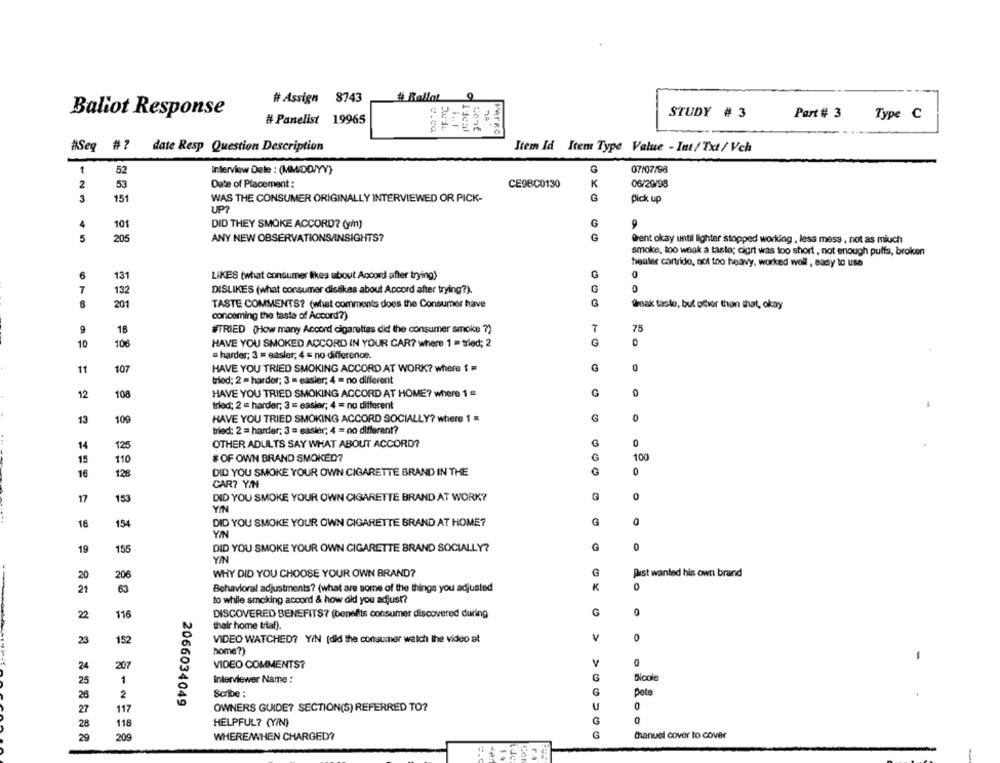
# Assign 8743
# Ballot
Baliot Response
STUDY # 3
Part # 3
# Panelist 19965
Type C
3.ca
201
Ideal
#Seq #?
date Resp Question Description
Item Id Item Type Value - Int/ Ext/ Vch
1
52
07/07/98
Interview Date : (MMDD/YY)
2
53
Date of Placement :
CE9BC0130
K
06/29/98
151
WAS THE CONSUMER ORIGINALLY INTERVIEWED OR PICK-
pick up
UP?
G
4
101
DID THEY SMOKE ACCORD? (y/n)
205
G
5
ANY NEW OBSERVATIONS/INSIGHTS?
@rent okay until lighter stopped working , less mess , not as miuch
smoke, too weak a taste; cigrt was too short , not enough puffs, broken
heater cartrido, not too heavy, worked well , easy to use
6
131
G
0
LIKES (what consumer likes about Accord after trying)
7
DISLIKES (what consumer disdikas about Accord after trying?).
G
132
8
201
TASTE COMMENTS? (what comments does the Consumer have
G
freak taste, but ofwer thon that, okay
concoming the taste of Accord?)
9
18
#TRIED (How many Accord cigarettes did the consumer smoke ?)
75
10
106
HAVE YOU SMOKED ACCORD IN YOUR CAR? where 1 = tried; 2
G
= harder; 3 = easler; 4 = no difference.
G
11
107
HAVE YOU TRIED SMOKING ACCORD AT WORK? where 1 =
tried; 2 = hardor; 3 = easier; 4 = no different
12
108
HAVE YOU TRIED SMOKING ACCORD AT HOME? where 1 =
G
trled; 2 = harder; 3 = easier; 4 = no different
13
109
HAVE YOU TRIED SMOKING ACCORD SOCIALLY? where 1
G
0
tried: 2 = harder; 3 = easier; 4 = no different?
OTHER ADULTS SAY WHAT ABOUT ACCORD?
G
14
125
15
110
#OF OWN BRAND SMOKED?
100
16
128
DID YOU SMOKE YOUR OWN CIGARETTE BRAND IN THE
0
CAR? Y/N
17
DID YOU SMOKE YOUR OWN CIGARETTE BRAND AT WORK?
G
153
Y/N
154
DID YOU SMOKE YOUR OWN CIGARETTE BRAND AT HOME?
G
19
155
DID YOU SMOKE YOUR OWN CIGARETTE BRAND SOCIALLY?
G
0
YA
WHY DID YOU CHOOSE YOUR OWN BRAND?
G
Pist wanted his own brand
20
206
21
Behavioral adjustments? (what are some of the things you adjusted
K
63
to while smoking accord & how did you adjust?
0
22
116
DISCOVERED BENEFITS? (benefits consumer discovered during
their home triaf).
23
152
VIDEO WATCHED? YIN (did the consumer walch the video at
v
home?)
207
VIDEO COMMENTS?
V
24
1
Interviewer Name :
G
Dicole
25
26
2
Scribe :
G
Pete
2066034049
117
OWNERS GUIDE? SECTION(S) REFERRED TO?
U
0
27
28
118
HELPFUL? (Y/N)
G
0
29
209
WHERE WHEN CHARGED?
G
Chanuel cover to cover